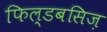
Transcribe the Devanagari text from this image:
फिल्डबसिज़